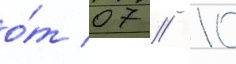
о́т 07 // 10